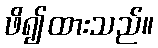
ဖိ၍ထားသည်။